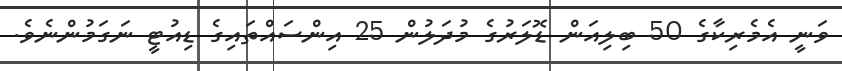
ވަނީ އެމެރިކާގެ 50 ބިލިއަން ޑޮލަރުގެ މުދަލުން 25 އިންސައްތައިގެ ޑިއުޓީ ނަގަމުންނެވެ.